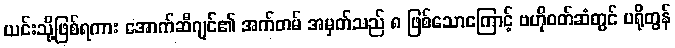
ယင်းသို့ဖြစ်ရကား အောက်ဆီဂျင်၏ အက်တမ် အမှတ်သည် ၈ ဖြစ်သောကြောင့် ဗဟိုဝတ်ဆံတွင် ပရိုတွန်